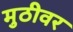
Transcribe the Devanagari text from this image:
मुठीवर